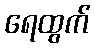
ရေထွက်